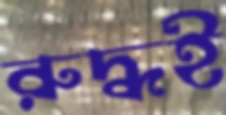
রুদ্ধই